Report on vaccination in Madras 1922-1929 - 1922-1929
Year: 1922
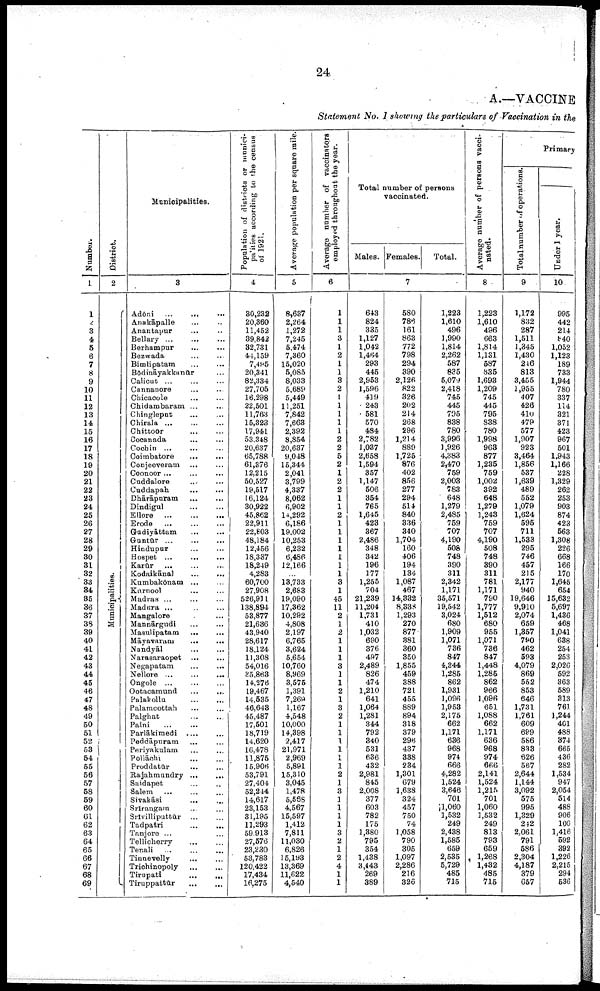
24
A.—VACCINE
Statement No. 1 showing the particulars of Vaccination in the
Number.
1
1
2
3
4
5
6
7
8
9
10
11
12
13
14
15
16
17
18
19
20
21
22
23
24
25
26
27
28
29
30
31
32
33
34
35
36
37
38
39
40
41
42
43
44
45
46
47
48
49
50
51
52
53
54
55
56
57
58
59
60
62
63
64
65
66
67
68
69
District.
2
Municipalities.
Municipalities.
3
Adōni ...
...
Anakāpalle... ...
Anantapur... ...
Bellary... ...
Berhampur... ...
Bezwada... ...
Bimlipatam... ...
Bodināyakkunūr... ...
Calicut... ...
Cannanore... ...
Chicacole... ...
Chidambaram... ...
Chingleput... ...
Chirala... ...
Chittoor... ...
Cocanada... ...
Cochin... ...
Coimbatore
...
...
Conjeeveram... ...
Coonoor ... ...
Cuddalore... ...
Cuddapah...
...
Dhārāpuram... ...
Dindigul... ...
Ellore...
...
Erode...
...
Gudiyāttam... ...
Guntūr... ... ...
Hindupur... ...
Hospet ... ...
Karur...
...
Kodaikānal... ...
Kumbakōnam... ...
Kurnool... ...
Madras ... ...
Madura ... ...
Mangalore... ...
Mannārgudi... ...
Masulipatam...
...
Māyavaram
...
...
Nandyāl... ...
Narasaraopet... ...
Negapatam... ...
Nellore... ...
Ongole... ... ...
Cotacamund
...
...
Palakollū... ...
Palamcottah... ...
Palghat... ...
Palni... ...
Parlākimedi... ...
Peddāpuram... ...
Periyakulam... ...
Pollāchi... ...
Proddatūr... ...
Rajahmundry... ...
Saidapet... ...
Salem... ...
Sivakāsi... ...
Srirangam... ...
Srivilliputtūr... ...
Tadpatri... ...
Tanjore ... ...
Tellicherry... ...
Tenali...
...
Tinnevelly... ...
Trichinopoly... ...
Tirupati... ...
Tiruppattūr... . . .
Population of districts or munici-
palities according to the census
of 1921.
4
30,232
20,360
11,452
39,842
32,731
44,159
7,495
20,341
82,334
27,705
16,298
22,501
11,763
15,323
17,941
53,348
20,637
65,788
61,376
12,215
50,527
19,517
16,124
30,922
45,862
22,911
22,803
48,184
12,456
18,337
18,249
4,283
60,700
27,908
526,911
138,894
53,877
21,636
43,940
28,617
18,124
11,308
54,016
35,863
14,278
19,467
14,535
46,643
45,487
17,501
18,719
14,620
16,478
11,875
15,906
53,791
27,404
52,244
14,617
23,153
31,195
11,293
59,913
27,576
23,230
53,783
120,422
17,434
16,275
Average population per square mile.
5
8,637
2,264
1,272
7,245
5,474
7,860
15,020
5,085
8,033
5,689
5,449
11,251
7,842
7,663
2,392
8,854
20,637
9,048
15,344
2,041
3,799
4,337
8,062
6,902
14,292
6,186
19,002
10,253
6,232
6,486
12,166
...
13,733
2,683
19,090
17,362
10,292
4,808
2,197
6,765
3,624
5,654
10,760
8,969
3,575
1,391
7,269
1,167
4,548
10,000
14,398
2,417
21,971
2,969
5,891
15,310
3,045
1,478
5,568
4,567
15,597
1,412
7,811
11,030
6,826
15,193
13,369
11,622
4,540
Average number of vaccinators
employed throughout the year.
6
1
1
1
3
1
2
1
1
3
2
1
1
1
1
1
2
2
5
2
1
2
2
1
1
2
1
1
1
1
1
1
1
3
1
45
11
2
1
2
1
1
1
3
1
1
2
1
3
2
1
1
1
1
1
1
2
1
3
1
1
1
1
3
2
1
2
4
1
1
Total number of persons
vaccinated.
Males. Females.
Total.
7
643
824
335
1,127
1,042
1,464
293
445
2,953
1,596
419
243
581
570
484
2,782
1,037
2,658
1,594
357
1,147
506
354
765
1,645
423
367
2,486
348
342
196
177
1,255
704
21,239
11,204
1,731
410
1,032
690
376
497
2,489
826
474
1,210
641
1,064
1,281
344
792
340
531
636
432
2,981
845
2,008
377
603
782
175
1,380
795
354
1,438
3,443
269
389
580
786
161
863
772
798
294
390
2,126
822
326
202
214
268
296
1,214
889
1,725
876
402
856
277
294
514
840
336
340
1,704
160
406
194
134
1,087
467
14,332
8,338
1,293
270
877
381
360
350
1,855
459
388
721
455
889
894
318
379
296
437
338
234
1,301
679
1,638
324
457
750
74
1,058
790
305
1,097
2,286
216
326
1,223
1,610
496
1,990
1,814
2,262
587
835
5,079
2,418
745
445
795
838
780
3,996
1,926
4,383
2,470
759
2,003
783
648
1,279
2,485
759
707
4,190
508
748
390
311
2,342
1,171
35,571
19,542
3,024
680
1,909
1,071
736
847
4,344
1,285
862
1,931
1,096
1,953
2,175
662
1,171
636
968
974
666
4,282
1,524
3,646
701
1,060
1,532
249
2,438
1,585
659
2,535
5,729
485
715
Average number of persons vacci
nated.
8
1,223
1,610
496
663
1,814
1,131
587
835
1,693
1,209
745
445
795
838
780
1,998
963
877
1,235
759
1,002
392
648
1,279
1,243
759
707
4,190
508
748
390
311
781
1,171
790
1,777
1,512
680
955
1,071
736
847
1,448
1,285
862
966
1,096
651
1,088
662
1,171
636
968
974
666
2,141
1,524
1,215
701
1,060
1,532
249
813
793
659
1,268
1,432
485
715
Primary
Total number of operations.
9
1,172
832
287
1,511
1,345
1,430
246
813
3,455
1,955
407
426
410
479
577
1,907
923
3,464
1,856
537
1,639
489
552
1,079
1,624
595
711
1,533
295
746
457
215
2,177
940
19,646
9,910
2,074
659
1,357
790
462
593
4,079
869
552
853
646
1,731
1,761
609
699
586
833
626
567
2,644
1,144
3,092
575
995
1,329
242
2,061
791
586
2,304
4,187
379
657
Under 1 year.
10
995
442
214
840
1,052
1,123
189
733
1,944
780
337
114
321
371
423
967
501
1,943
1,166
228
1,329
262
253
903
874
423
563
1,308
226
668
166
170
1,645
654
15,632
5,697
1,436
468
1,041
638
254
253
2,026
592
363
589
313
761
1,244
401
488
374
665
436
282
1,534
947
2,054
514
488
906
100
1,416
592
392
1,226
2,215
294
536a